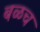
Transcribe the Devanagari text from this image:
बळच